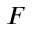
F